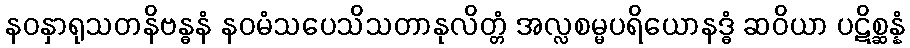
နဝနှာရုသတနိဗန္ဓနံ နဝမံသပေသိသတာနုလိတ္တံ အလ္လစမ္မပရိယောနဒ္ဓံ ဆဝိယာ ပဋိစ္ဆန္နံ